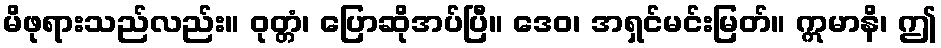
မိဖုရားသည်လည်း။ ဝုတ္တံ၊ ပြောဆိုအပ်ပြီ။ ဒေဝ၊ အရှင်မင်းမြတ်။ ဣမာနိ၊ ဤ